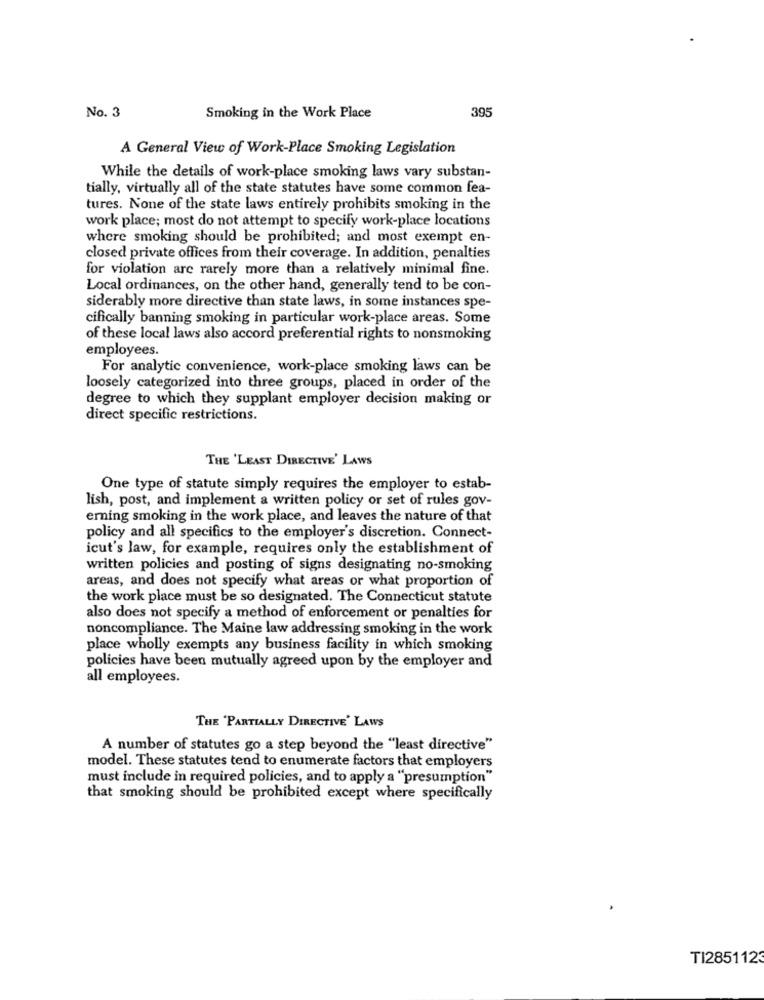
No. 3
Smoking in the Work Place
395
A General View of Work-Place Smoking Legislation
While the details of work-place smoking laws vary substan-
tially, virtually all of the state statutes have some common fea-
tures. None of the state laws entirely prohibits smoking in the
work place; most do not attempt to specify work-place locations
where smoking should be prohibited; and most exempt en-
closed private offices from their coverage. In addition, penalties
for violation are rarely more than a relatively minimal fine.
Local ordinances, on the other hand, generally tend to be con-
siderably more directive than state laws, in some instances spe-
cifically banning smoking in particular work-place areas. Some
of these local laws also accord preferential rights to nonsmoking
employees.
For analytic convenience, work-place smoking laws can be
loosely categorized into three groups, placed in order of the
degree to which they supplant employer decision making or
direct specific restrictions.
THE 'LEAST DIRECTIVE' LAWS
One type of statute simply requires the employer to estab-
lish, post, and implement a written policy or set of rules gov-
erning smoking in the work place, and leaves the nature of that
policy and all specifics to the employer's discretion. Connect-
icut's law, for example, requires only the establishment of
written policies and posting of signs designating no-smoking
areas, and does not specify what areas or what proportion of
the work place must be so designated. The Connecticut statute
also does not specify a method of enforcement or penalties for
noncompliance. The Maine law addressing smoking in the work
place wholly exempts any business facility in which smoking
policies have been mutually agreed upon by the employer and
all employees.
THE 'PARTIALLY DIRECTIVE' LAWS
A number of statutes go a step beyond the "least directive"
model. These statutes tend to enumerate factors that employers
must include in required policies, and to apply a "presumption"
that smoking should be prohibited except where specifically
TI2851123